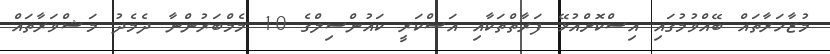
މުޒާހަރާތައް ބޭއްވުމުގައި އިސްކޮށްއުޅޭ ފަރާތްތަކާއި އަސްކަރީ ކައުންސިލްގެ 10 މެމްބަރުންނާ ދެމެދު މަޝްވަރާތައް